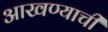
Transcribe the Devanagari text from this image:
आखण्याची